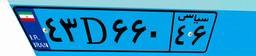
۸۲D۷۲۹۳۳